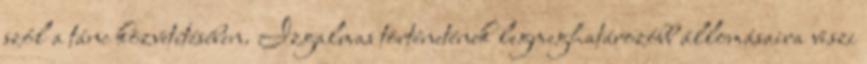
szól a tánc közvetítésében. Izgalmas történetének legmeghatározóbb állomásaira viszi